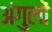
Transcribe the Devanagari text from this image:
अंगुलों